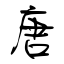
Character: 唐